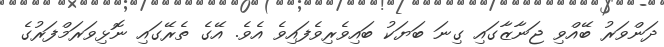
ދަންވަރު ބޭއްވި ޖަނާޒާގައި ގިނަ ބަޔަކު ބައިވެރިވެފައިވެ އެވެ. އޭގެ ތެރޭގައި ނޮޅިވަރަމްފަރުގެ